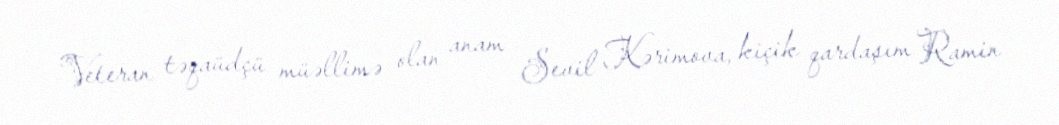
Veteran təqaüdçü müəllimə olan anam Sevil Kərimova, kiçik qardaşım Ramin